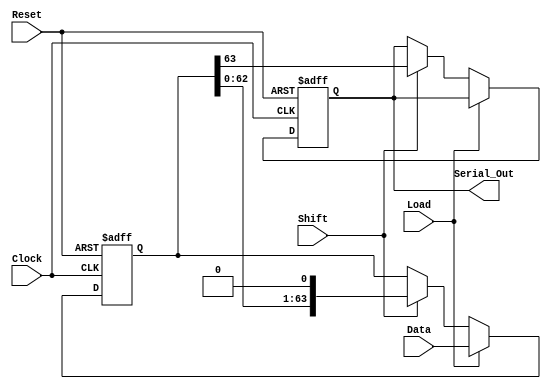
module piso_64bit (
    input wire [63:0] Data,    // Parallel input data
    input wire Load,           // Load control signal
    input wire Shift,          // Shift control signal
    input wire Clock,          // Clock signal
    input wire Reset,          // Asynchronous reset signal
    output reg Serial_Out       // Serial output
);
    
    // Internal register to hold 64-bit data
    reg [63:0] shift_reg;
    reg [5:0] shift_count;      // 6-bit counter for tracking shifts

    // Asynchronous reset and data loading
    always @(posedge Clock or posedge Reset) begin
        if (Reset) begin
            // Clear the register and count on reset
            shift_reg <= 64'b0;
            shift_count <= 6'b0;
            Serial_Out <= 1'b0; // Reset serial output
        end else begin
            // Data loading
            if (Load) begin
                shift_reg <= Data; // Load data into the register
                shift_count <= 6'b0; // Reset shift count
            end else if (Shift) begin
                // Shift operation
                Serial_Out <= shift_reg[63]; // Output the MSB
                shift_reg <= {shift_reg[62:0], 1'b0}; // Shift left and add 0 to LSB
                shift_count <= shift_count + 1'b1; // Increment shift count
            end
        end
    end

endmodule